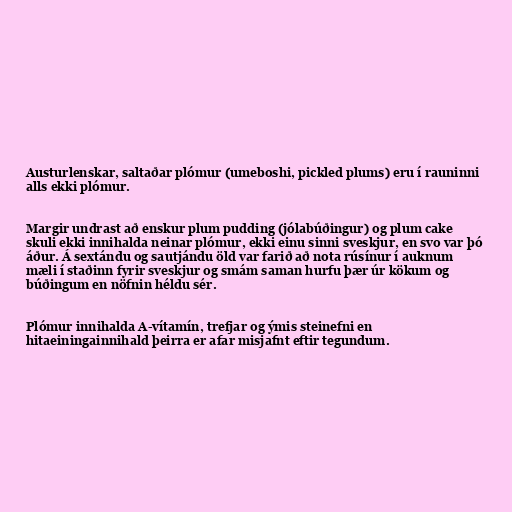
Austurlenskar, saltaðar plómur (umeboshi, pickled plums) eru í rauninni
alls ekki plómur.

Margir undrast að enskur plum pudding (jólabúðingur) og plum cake
skuli ekki innihalda neinar plómur, ekki einu sinni sveskjur, en svo var þó
áður. Á sextándu og sautjándu öld var farið að nota rúsínur í auknum
mæli í staðinn fyrir sveskjur og smám saman hurfu þær úr kökum og
búðingum en nöfnin héldu sér.

Plómur innihalda A-vítamín, trefjar og ýmis steinefni en
hitaeiningainnihald þeirra er afar misjafnt eftir tegundum.